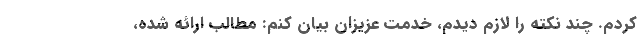
کردم. چند نکته را لازم دیدم، خدمت عزیزان بیان کنم: مطالب ارائه شده،